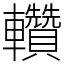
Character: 䡽